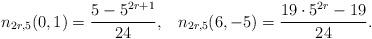
LaTeX: \begin{align*} n_{2r,5}(0,1)=\frac{5-5^{2r+1}}{24},\;\;\;n_{2r,5}(6,-5)=\frac{19\cdot 5^{2r}-19}{24}.\end{align*}